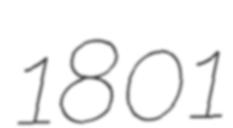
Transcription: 1801